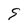
Character: 9